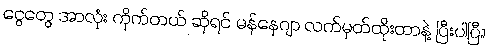
ငွေတွေ အာလုံး ကိုက်တယ် ဆိုရင် မန်နေဂျာ လက်မှတ်ထိုးတာနဲ့ ပြီးပါပြီ။